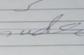
Signature authenticity: genuine